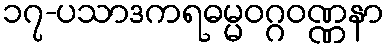
၁၇-ပသာဒကရဓမ္မဝဂ္ဂဝဏ္ဏနာ